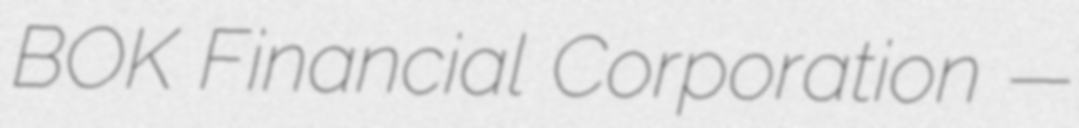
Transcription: BOK Financial Corporation —